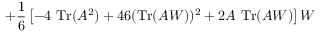
+ \frac 1 6 \left[ - 4 \ \mathrm { T r } ( A ^ { 2 } ) + 4 6 ( \mathrm { T r } ( A W ) ) ^ { 2 } + 2 A \ \mathrm { T r } ( A W ) \right] W